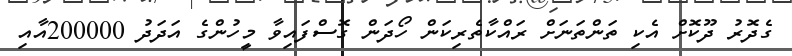
ގެދޮރު ދޫކޮށް އެކި ތަންތަނަށް ރައްކާތެރިކަން ހޯދަން ގޮސްފައިވާ މީހުންގެ އަދަދު 200000އާއި